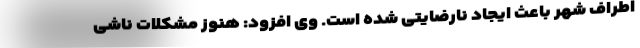
اطراف شهر باعث ایجاد نارضایتی شده است. وی افزود: هنوز مشکلات ناشی